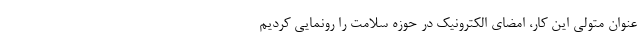
عنوان متولی این کار، امضای الکترونیک در حوزه سلامت را رونمایی کردیم